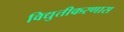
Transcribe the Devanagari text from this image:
विद्युतीकरणास